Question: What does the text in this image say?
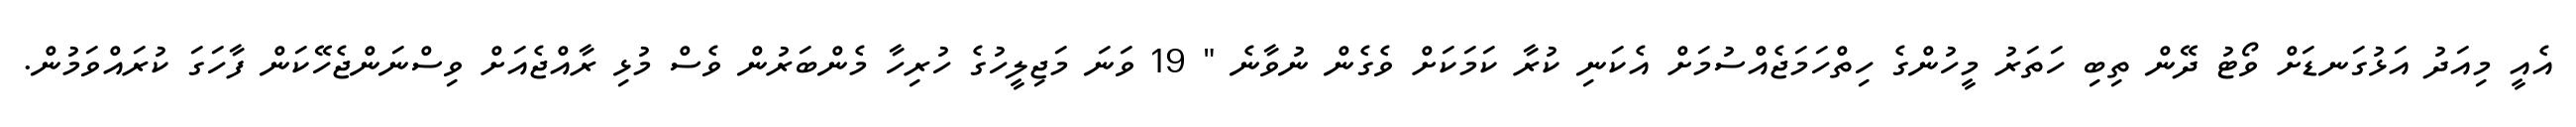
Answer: އެއީ މިއަދު އަޅުގަނޑަށް ވޯޓު ދޭން ތިބި ހަތަރު މީހުންގެ ހިތްހަމަޖެއްސުމަށް އެކަނި ކުރާ ކަމަކަށް ވެގެން ނުވާނެ " 19 ވަނަ މަޖިލީހުގެ ހުރިހާ މެންބަރުން ވެސް މުޅި ރާއްޖެއަށް ވިސްނަންޖެހޭކަން ފާހަގަ ކުރައްވަމުން.